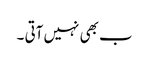
ب بھی نہیں آتی ۔